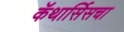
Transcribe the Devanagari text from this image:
कॅथार्सिसचा